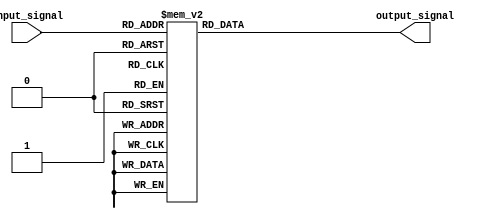
module decoder(
    input [2:0] input_signal,
    output [7:0] output_signal
);

always @(*)
begin
    case(input_signal)
        3'b000: output_signal = 8'b00000001;
        3'b001: output_signal = 8'b00000010;
        3'b010: output_signal = 8'b00000100;
        3'b011: output_signal = 8'b00001000;
        3'b100: output_signal = 8'b00010000;
        3'b101: output_signal = 8'b00100000;
        3'b110: output_signal = 8'b01000000;
        3'b111: output_signal = 8'b10000000;
        default: output_signal = 8'b00000000;
    endcase
end

endmodule